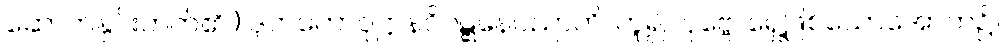
ဆောက်နှင်းတတ်၏။) ဒုဘတောဝုဋ္ဌာနဝိဝဋ္ဋနေပညာတိ၊ ဟူ၍။ ပုဗ္ဗေ၊ ရှေ့ဖြစ်သောအောက်၌။